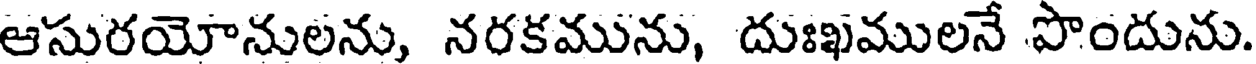
ఆసురయోనులను, నరకమును, దుఃఖములనే పొందును